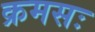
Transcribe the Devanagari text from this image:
क्रमसः